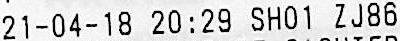
21-04-18 20:29 SH01 ZJ86